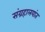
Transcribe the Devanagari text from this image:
संग्रहालयांत